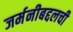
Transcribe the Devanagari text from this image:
जर्मनीबद्दलची